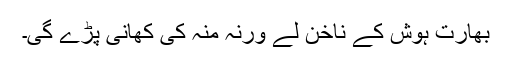
بھارت ہوش کے ناخن لے ورنہ منہ کی کھانی پڑے گی۔